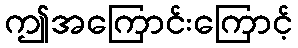
ဤအကြောင်းကြောင့်